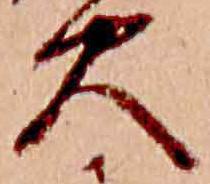
火